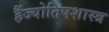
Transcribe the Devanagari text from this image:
हैंज्योतिषशास्त्र